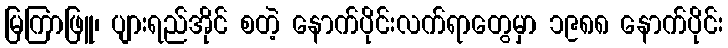
မြကြာဖြူ၊ ပျားရည်အိုင် စတဲ့ နောက်ပိုင်းလက်ရာတွေမှာ ၁၉၈၈ နောက်ပိုင်း